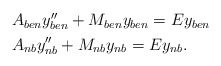
\begin{align*} \begin{aligned} & A_{ben}y''_{ben} +M_{ben}y_{ben}=Ey_{ben} \\ & A_{nb}y''_{nb} +M_{nb}y_{nb}=Ey_{nb}.\end{aligned}\end{align*}